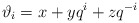
\begin{align*}\vartheta_i = x + yq^i + zq^{-i}\end{align*}